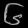
Digit: ၆